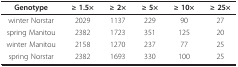
| Genotype | ≥ 1.5× | ≥ 2× | ≥ 5× | ≥ 10× | ≥ 25× |
 | --- | --- | --- | --- | --- | --- |
 | winter Norstar | 2029 | 1137 | 229 | 90 | 27 |
 | spring Manitou | 2382 | 1723 | 351 | 125 | 20 |
 | winter Manitou | 2158 | 1270 | 237 | 77 | 25 |
 | spring Norstar | 2382 | 1693 | 330 | 100 | 25 |